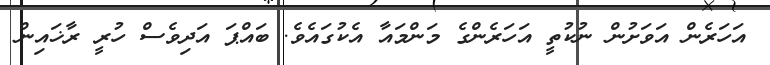
އަހަރެން އަވަށުން ނުކުތީ އަހަރެންގެ މަންމައާ އެކުގައެވެ. ބައްޕަ އަދިވެސް ހުރީ ރާޚައިން